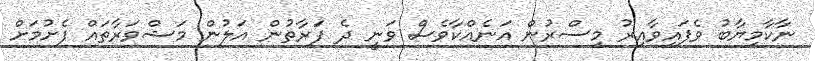
ނާކާމިޔާބު ވެފައިވާއިރު މިސްރުން އަނެއްކާވެސް ވަނީ ދެ ފަރާތުން އަލުން މަޝްވަރާތައް ފެށުމަށް